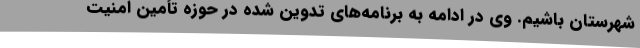
شهرستان باشیم. وی در ادامه به برنامه‌های تدوین شده در حوزه تأمین امنیت